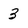
Character: 3